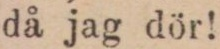
då jag dör!